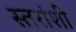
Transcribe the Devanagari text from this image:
स्तरांशी